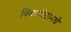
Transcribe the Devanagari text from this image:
विद्यापीठामधे